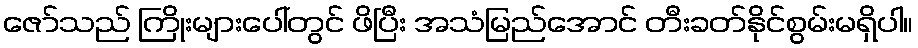
ဇော်သည် ကြိုးများပေါ်တွင် ဖိပြီး အသံမြည်အောင် တီးခတ်နိုင်စွမ်းမရှိပါ။